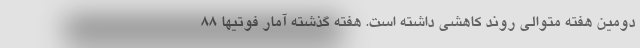
دومین هفته متوالی روند کاهشی داشته است. هفته گذشته آمار فوتیها 88